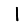
Digit: 1